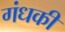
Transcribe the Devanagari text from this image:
गंधकी